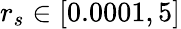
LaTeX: r_{s}\in[0.0001,5]